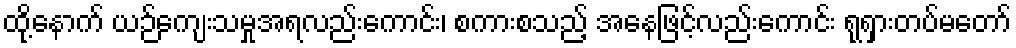
ထို့နောက် ယဉ်ကျေးသမှုအရလည်းကောင်း၊ စကားစသည့် အနေဖြင့်လည်းကောင်း ရုရှားတပ်မတော်